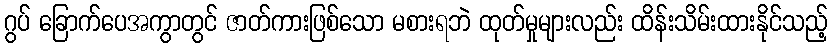
ဂွပ် ခြောက်ပေအကွာတွင် ဇာတ်ကားဖြစ်သော မစားရဘဲ ထုတ်မှုများလည်း ထိန်းသိမ်းထားနိုင်သည့်